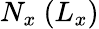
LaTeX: N_{x}\ (L_{x})